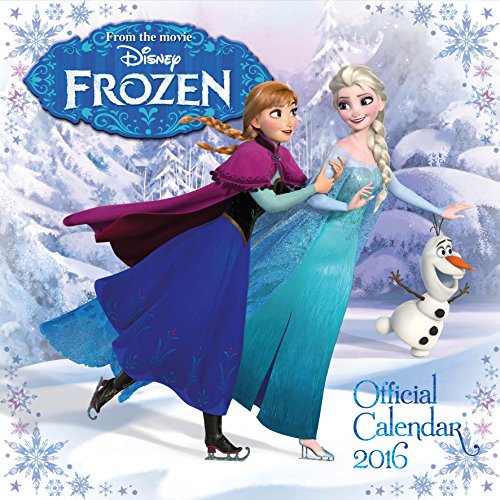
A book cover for The Official Disney Frozen 2016 Square Calendar; Calendars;